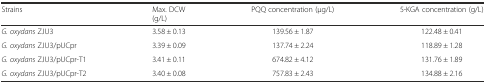
<table><thead><tr><td><b>Strains</b></td><td><b>Max. DCW(g/L)</b></td><td><b>PQQ concentration (μg/L)</b></td><td><b>5-KGA concentration (g/L)</b></td></tr></thead><tbody><tr><td><i>G. oxydans</i> ZJU3</td><td>3.58 ± 0.13</td><td>139.56 ± 1.87</td><td>122.48 ± 0.41</td></tr><tr><td><i>G. oxydans</i> ZJU3/pUCpr</td><td>3.39 ± 0.09</td><td>137.74 ± 2.24</td><td>118.89 ± 1.28</td></tr><tr><td><i>G. oxydans</i> ZJU3/pUCpr-T1</td><td>3.41 ± 0.11</td><td>674.82 ± 4.12</td><td>131.76 ± 1.89</td></tr><tr><td><i>G. oxydans</i> ZJU3/pUCpr-T2</td><td>3.40 ± 0.08</td><td>757.83 ± 2.43</td><td>134.88 ± 2.16</td></tr></tbody></table>